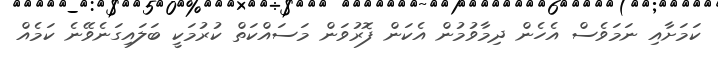
ކަމަށާއި ނަމަވެސް އެހެން ދިމާވުމުން އެކަން ފޮރުވަން މަސައްކަތް ކުރުމަކީ ބަލައިގަނެވޭނެ ކަމެއް